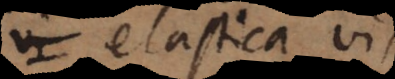
vi elastica vis